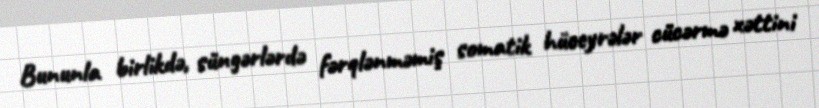
Bununla birlikdə, süngərlərdə fərqlənməmiş somatik hüceyrələr cücərmə xəttini